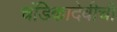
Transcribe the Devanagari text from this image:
चंडिकादेवीची